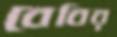
বেবির